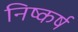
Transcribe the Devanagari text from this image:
निष्कर्ष